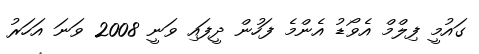
ގައުމީ ފިލްމް އެވޯޑު އެންމެ ފަހުން ދީފައި ވަނީ 2008 ވަނަ އަހަރު